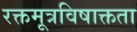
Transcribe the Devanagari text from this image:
रक्तमूत्रविषाक्तता